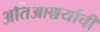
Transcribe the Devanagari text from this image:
अतिआश्चर्याची